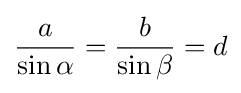
{\frac {a}{\sin \alpha }}={\frac {b}{\sin \beta }}=d